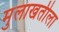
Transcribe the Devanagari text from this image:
मुलाखतीला